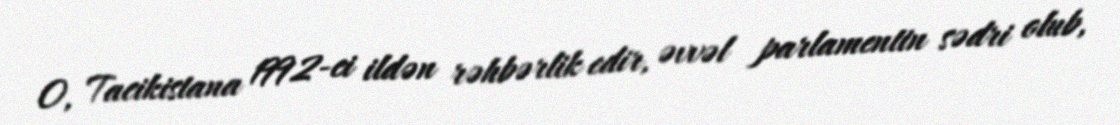
O, Tacikistana 1992-ci ildən rəhbərlik edir, əvvəl parlamentin sədri olub,